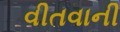
વીતવાની